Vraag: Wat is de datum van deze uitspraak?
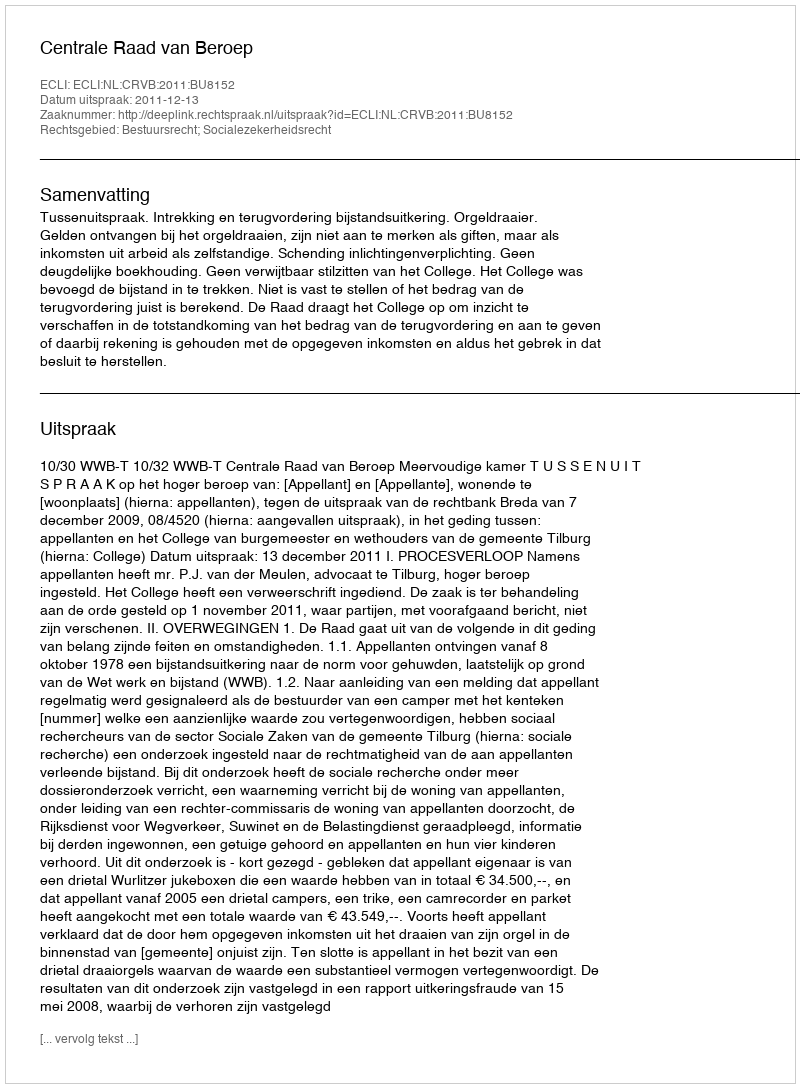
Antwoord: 2011-12-13